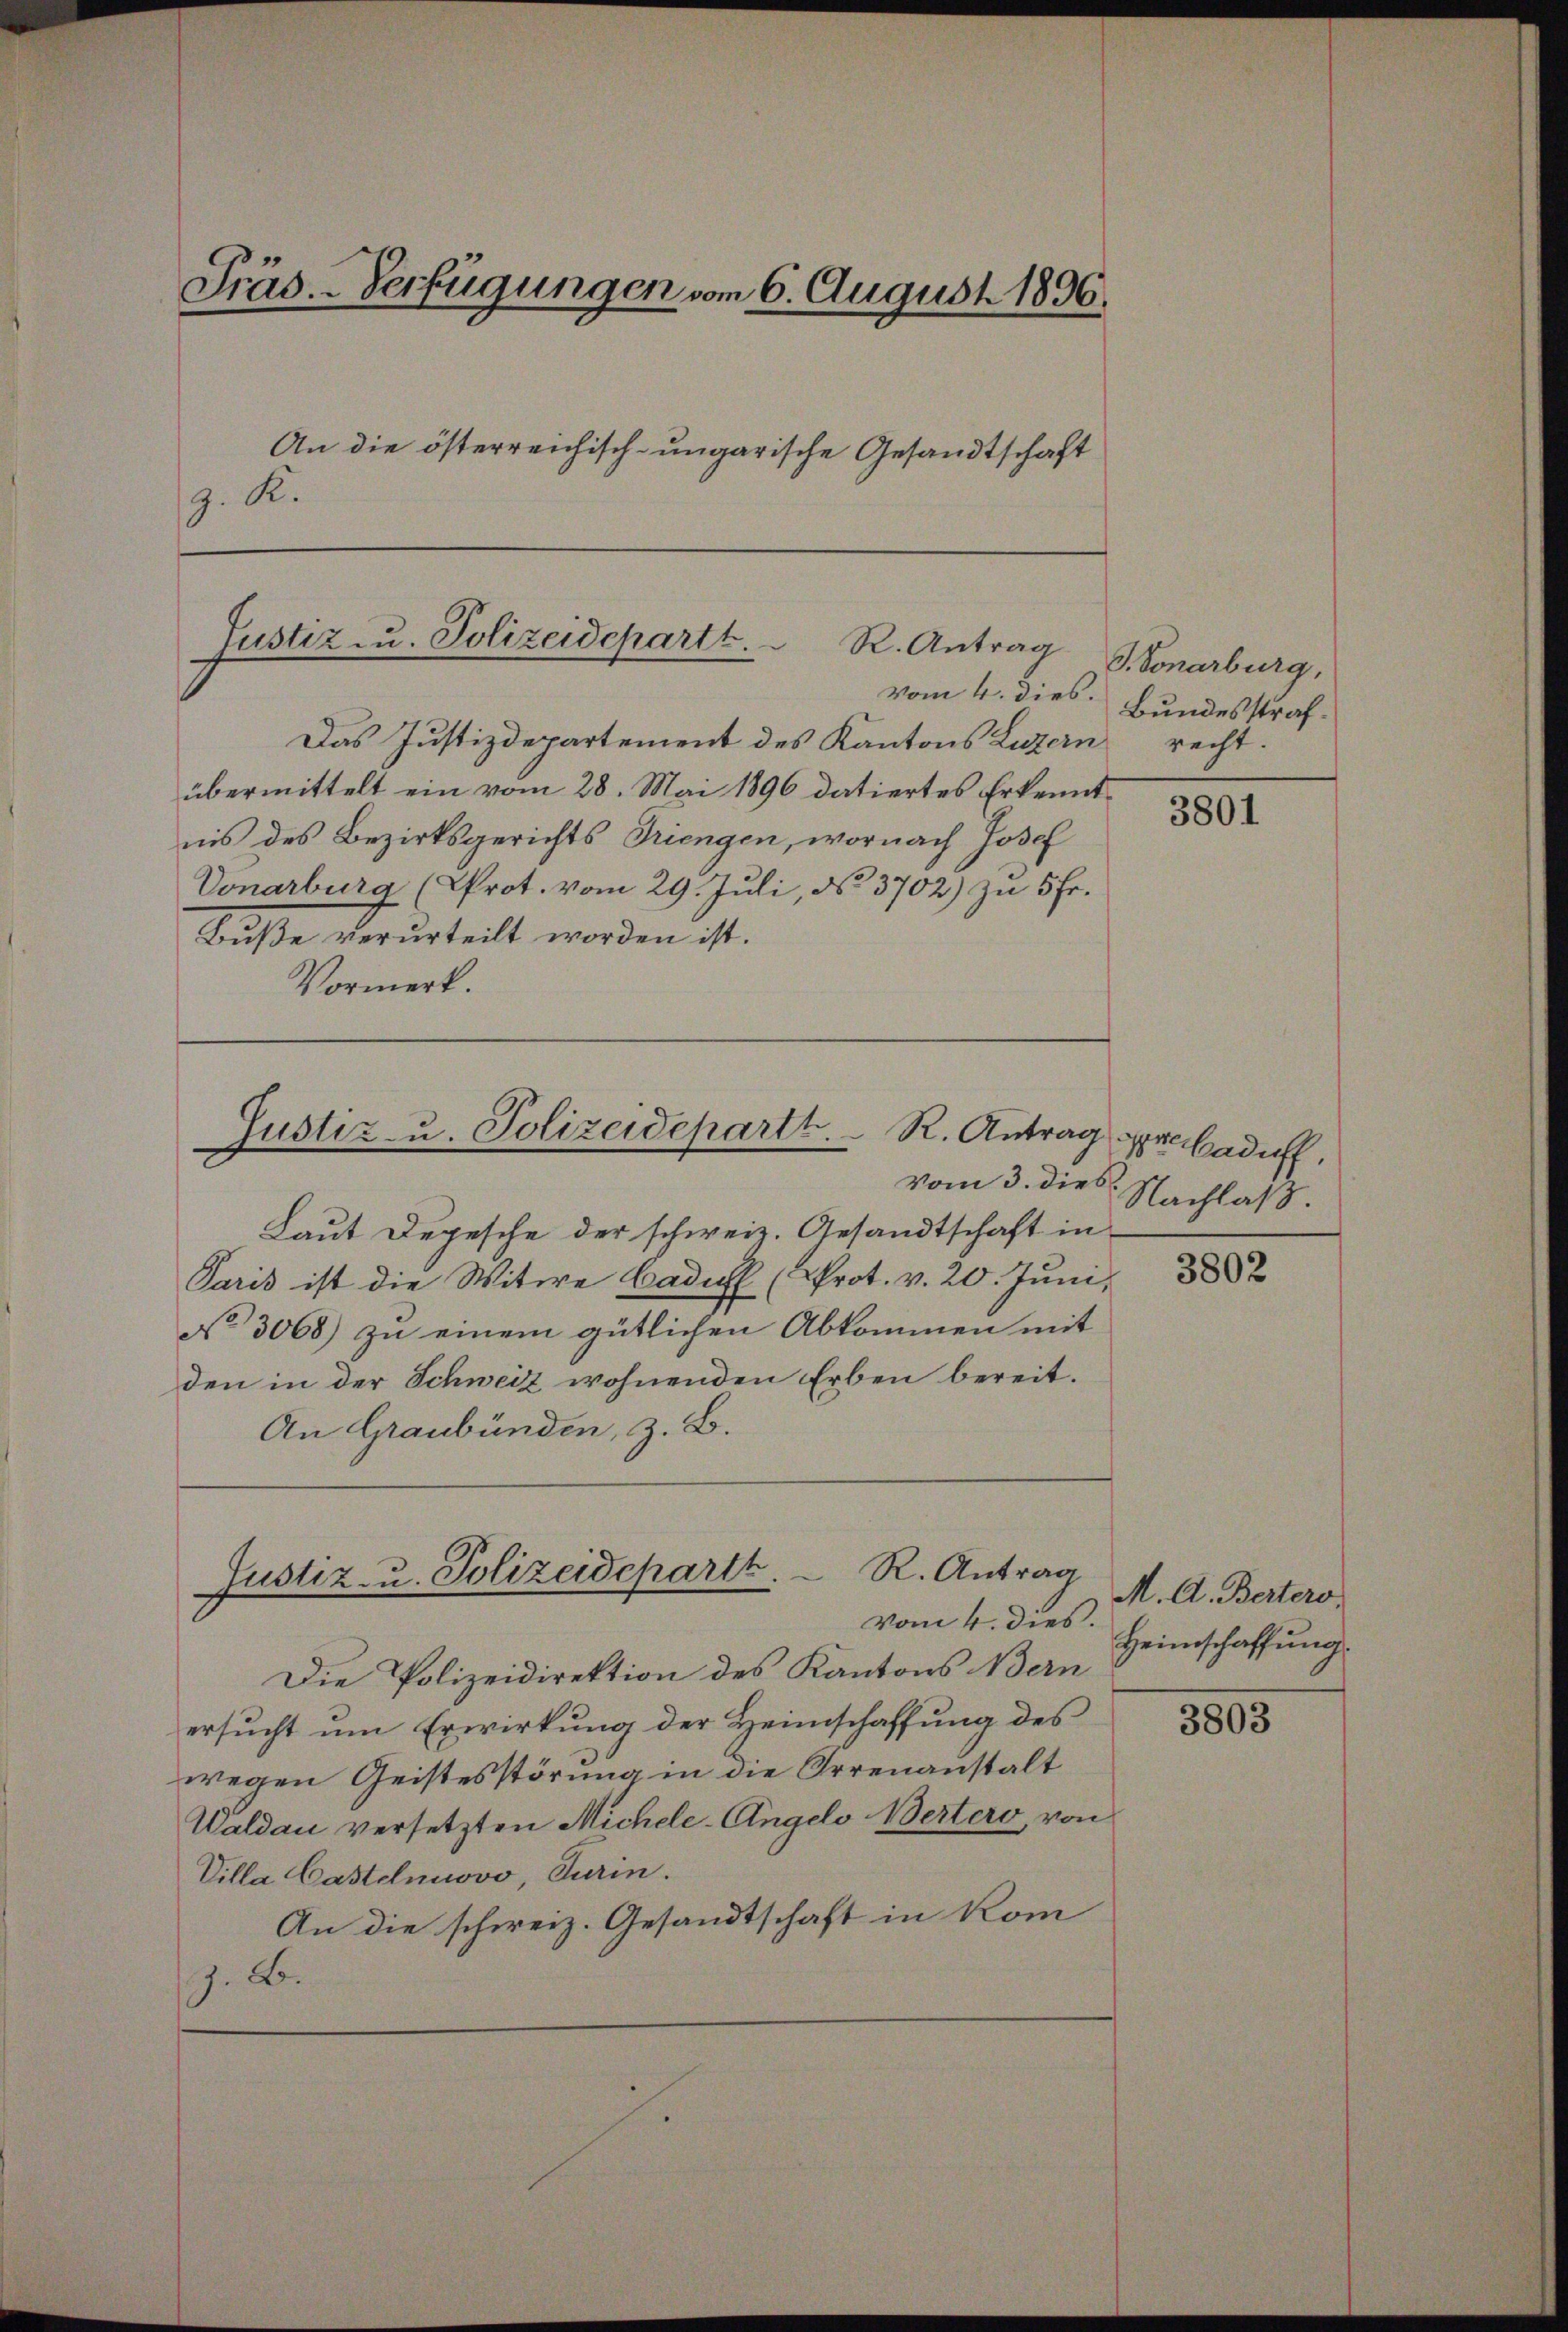
Präs. - Verfügungen vom 6. August 1836.

An die österreichisch-ungarische Gesandtschaft
z. K.

Justiz zu. Polizeidepartt.
R. Antrag
vom 4. dies. Bundesstraf.

Das Justizdepartement des Kantons Luzern recht.
übermittelt ein vom 28. Mai 1896 datiertes Erkenntnis des Bezirksgerichts Triengen, wornach Josef
Vonarburg (Prot. vom 29. Juli, No. 3702) zu 5 Fr.
Bŭβe verurteilt worden ist.
Vormerk.

Justiz- u. Polizeidepartt. R. Antrag

Vom 3. dies
Laut Depesche der schweiz. Gesandtschaft in
Paris ist die Witwe Cadel (Prot. v. 20. Jŭni,
No 3068) zu einem gütlichen Abkommen mit
den in der Schweiz wohnenden Erben bereit.
An Graubünden, z. B.
Die Polizeidirektion des Kantons Bern
ersucht um Erwirkung der Heimschaffung des
wegen Geistesstörung in die Irrenanstalt
Waldau versetzten Michele-Angelo Wertero, von
Villa Castelnuovo, Turin.
An die schweiz. Gesandtschaft in Kom
J. B.

R. Antrag
Justiz- u. Polizeideparth.
vom 4. dies.

G. Vonarburg,

3801

rbaduff,
Nachlaß.

3802

M. A. Berters,
Heimschaffung

3803